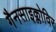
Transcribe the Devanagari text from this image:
गैनसाइक्लोविर